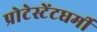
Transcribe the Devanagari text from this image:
प्रोटेस्टेंटधर्मी